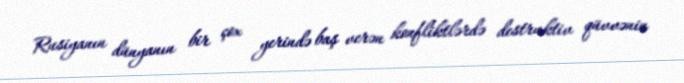
Rusiyanın dünyanın bir çox yerində baş verən konfliktlərdə destruktiv qüvvənin